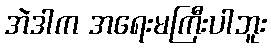
အဲဒါက အရေးမကြီးပါဘူး